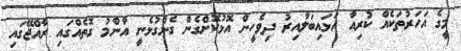
މީގެ އަހަރުތަކެއް ކުރިއާ އަޅައިބަލާއިރު ދިވެހީން އޮޅުކޮށްގެން ގެންގުޅެނީ އާންމު ގޮތެއްގައި ރާއްޖޭގައި